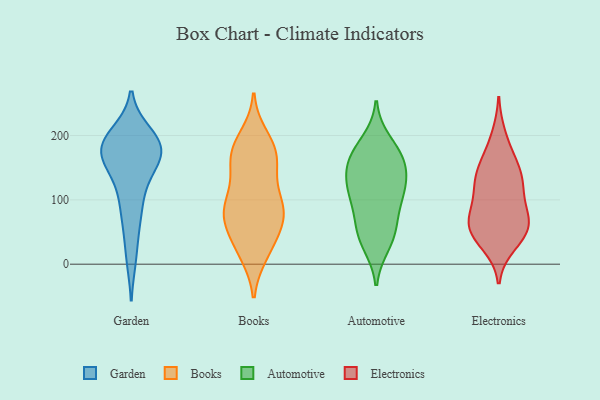
{"axis": {"x": "Customer Acquisition Cost (USD)", "y": "Value"}, "legend": ["Automotive", "Books", "Electronics", "Garden"], "data": [{"x": "", "y": 178, "type": "Garden"}, {"x": "", "y": 68, "type": "Garden"}, {"x": "", "y": 126, "type": "Garden"}, {"x": "", "y": 181, "type": "Garden"}, {"x": "", "y": 200, "type": "Garden"}, {"x": "", "y": 175, "type": "Garden"}, {"x": "", "y": 178, "type": "Garden"}, {"x": "", "y": 145, "type": "Garden"}, {"x": "", "y": 189, "type": "Garden"}, {"x": "", "y": 90, "type": "Garden"}, {"x": "", "y": 12, "type": "Garden"}, {"x": "", "y": 177, "type": "Garden"}, {"x": "", "y": 174, "type": "Books"}, {"x": "", "y": 81, "type": "Books"}, {"x": "", "y": 95, "type": "Books"}, {"x": "", "y": 77, "type": "Books"}, {"x": "", "y": 162, "type": "Books"}, {"x": "", "y": 70, "type": "Books"}, {"x": "", "y": 145, "type": "Books"}, {"x": "", "y": 67, "type": "Books"}, {"x": "", "y": 128, "type": "Books"}, {"x": "", "y": 88, "type": "Books"}, {"x": "", "y": 18, "type": "Books"}, {"x": "", "y": 183, "type": "Books"}, {"x": "", "y": 176, "type": "Books"}, {"x": "", "y": 44, "type": "Books"}, {"x": "", "y": 16, "type": "Books"}, {"x": "", "y": 29, "type": "Books"}, {"x": "", "y": 198, "type": "Books"}, {"x": "", "y": 102, "type": "Books"}, {"x": "", "y": 167, "type": "Books"}, {"x": "", "y": 77, "type": "Books"}, {"x": "", "y": 58, "type": "Automotive"}, {"x": "", "y": 141, "type": "Automotive"}, {"x": "", "y": 37, "type": "Automotive"}, {"x": "", "y": 140, "type": "Automotive"}, {"x": "", "y": 175, "type": "Automotive"}, {"x": "", "y": 162, "type": "Automotive"}, {"x": "", "y": 113, "type": "Automotive"}, {"x": "", "y": 114, "type": "Automotive"}, {"x": "", "y": 170, "type": "Automotive"}, {"x": "", "y": 52, "type": "Automotive"}, {"x": "", "y": 155, "type": "Automotive"}, {"x": "", "y": 111, "type": "Automotive"}, {"x": "", "y": 191, "type": "Automotive"}, {"x": "", "y": 30, "type": "Automotive"}, {"x": "", "y": 105, "type": "Automotive"}, {"x": "", "y": 78, "type": "Automotive"}, {"x": "", "y": 140, "type": "Electronics"}, {"x": "", "y": 132, "type": "Electronics"}, {"x": "", "y": 45, "type": "Electronics"}, {"x": "", "y": 69, "type": "Electronics"}, {"x": "", "y": 31, "type": "Electronics"}, {"x": "", "y": 59, "type": "Electronics"}, {"x": "", "y": 118, "type": "Electronics"}, {"x": "", "y": 95, "type": "Electronics"}, {"x": "", "y": 46, "type": "Electronics"}, {"x": "", "y": 199, "type": "Electronics"}, {"x": "", "y": 63, "type": "Electronics"}, {"x": "", "y": 149, "type": "Electronics"}, {"x": "", "y": 169, "type": "Electronics"}, {"x": "", "y": 82, "type": "Electronics"}, {"x": "", "y": 127, "type": "Electronics"}, {"x": "", "y": 58, "type": "Electronics"}]}